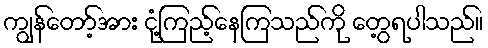
ကျွန်တော့်အား ငုံ့ကြည့်နေကြသည်ကို တွေ့ရပါသည်။